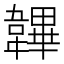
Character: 韠